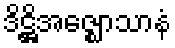
ဒိဋ္ဌိအဇ္ဈောသာနံ